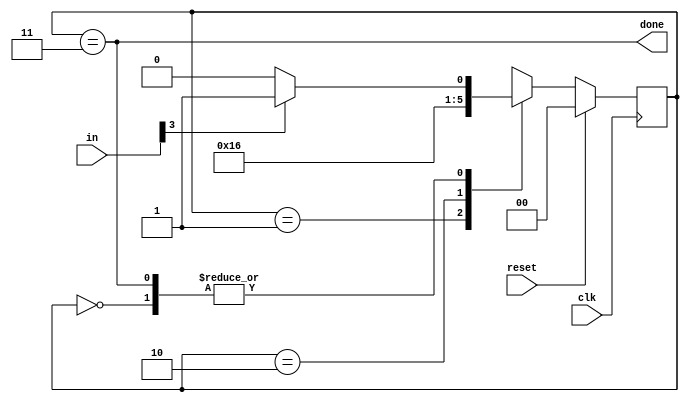
module top_module(
    input clk,
    input [7:0] in,
    input reset,    // Synchronous reset
    output done); //

    parameter BYTE1 = 0 , BYTE2 = 1 , BYTE3 = 2 , DONE = 3 ;
    reg[1:0] cstate , nstate ;

    always @(posedge clk) begin
        if(reset) begin
            cstate <= BYTE1 ;
        end
        else begin
            cstate <= nstate ;
        end
    end
    
    always @(*) begin
        case(cstate) 
            BYTE1 : nstate = in[3] ? BYTE2 : BYTE1 ;
            BYTE2 : nstate = BYTE3 ;
            BYTE3 : nstate = DONE ;
            DONE  : nstate = in[3] ? BYTE2 : BYTE1 ;
        endcase
    end
   	
    assign done = (cstate == DONE) ;
    
    
endmodule